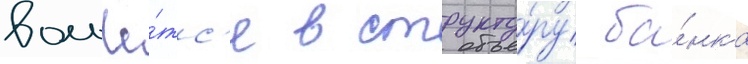
вольё́тс'я в структу́ру ба́нка